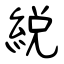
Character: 綐